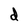
Character: d